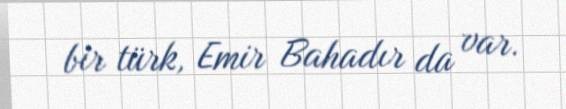
bir türk, Emir Bahadır da var.